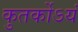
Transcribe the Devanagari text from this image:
कुतर्कोऽयं